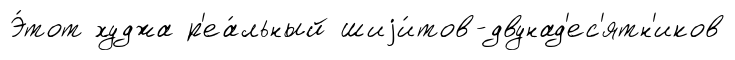
Э́тот худжа р'еа́льный шиjи́тов-двунад'ес'ятн'иков